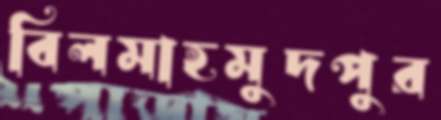
বিলমাহমুদপুর